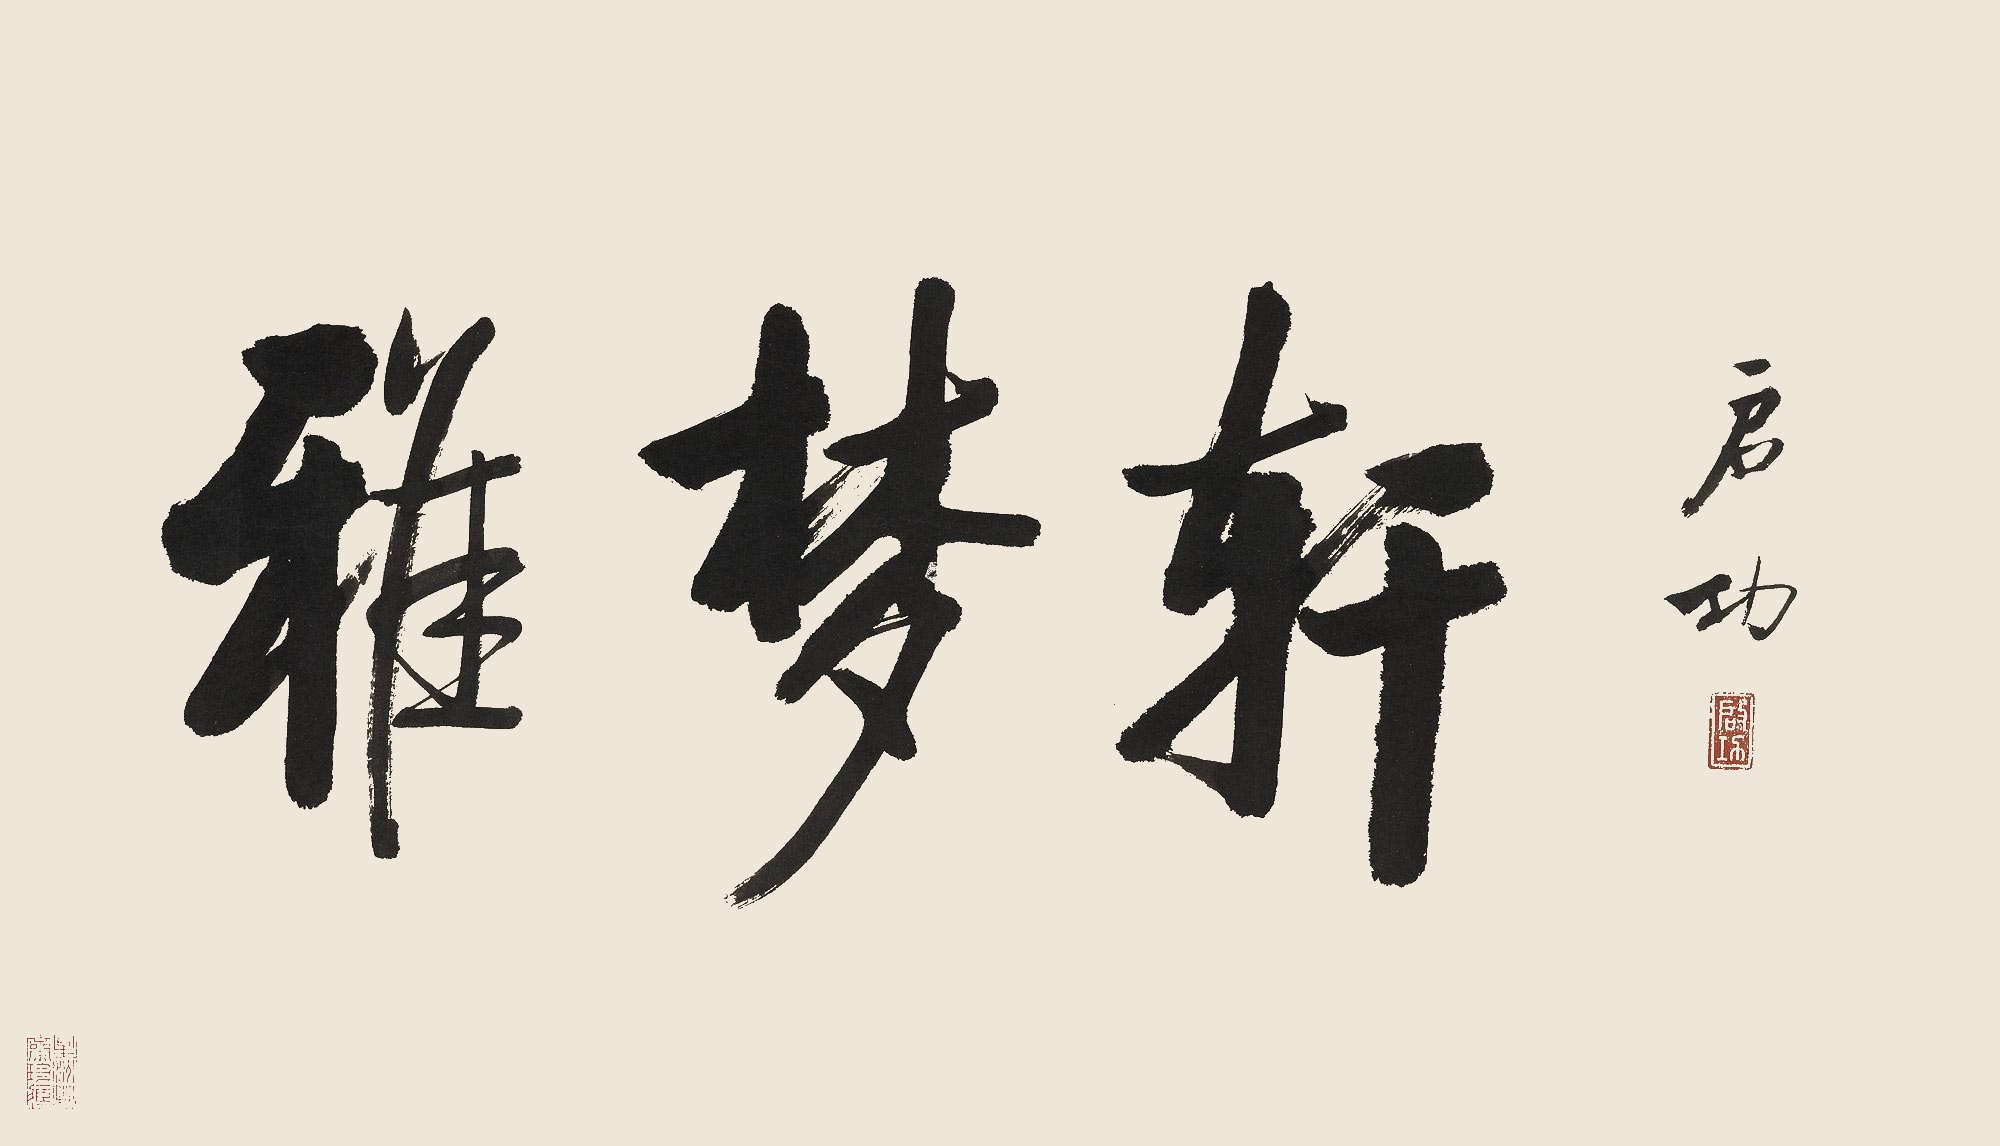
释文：雅梦轩。启功。